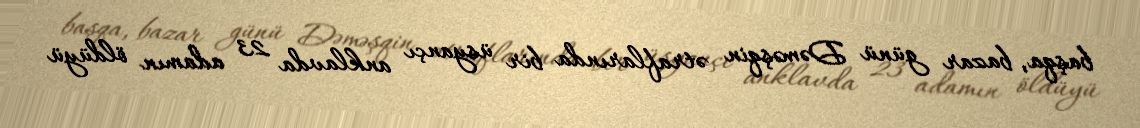
başqa, bazar günü Dəməşqin ətraflarında bir üsyançı anklavda 23 adamın öldüyü